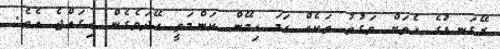
ރޭގަނޑުގެ އެތަށް ވަގުތު ތަކެއް ހަމަ ހިމޭން ކަންމަތީ ހޭދަވެގެން ހިގައްޖެ އެވެ.